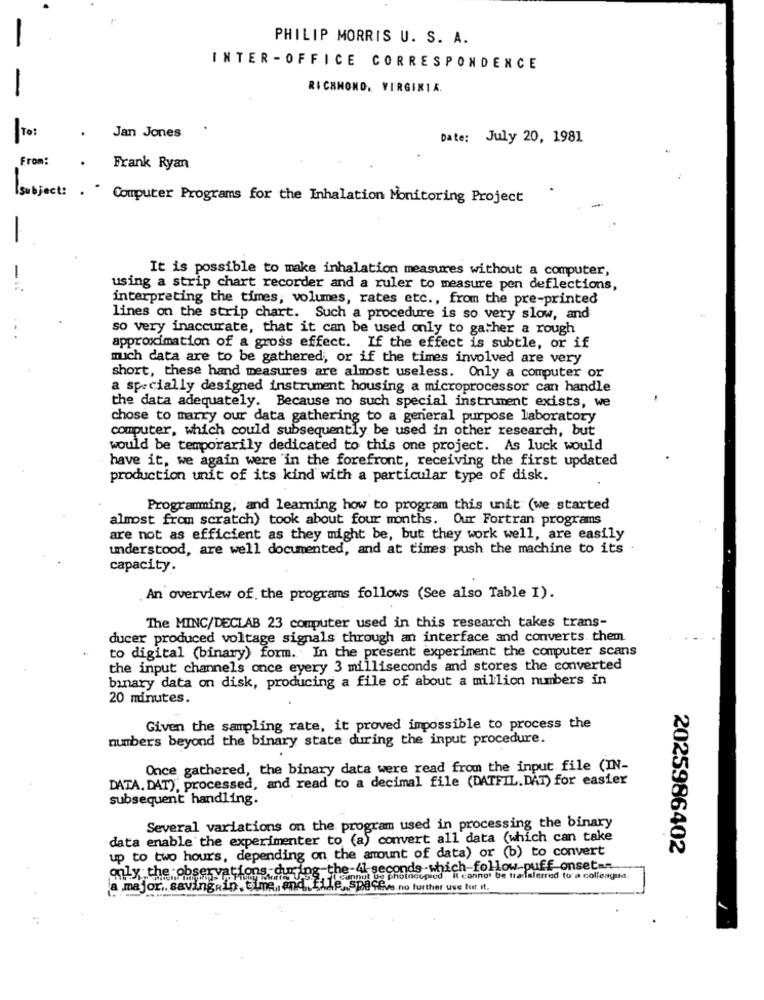
PHILIP MORRIS U. S. A.
INTER -OFFICE CORRESPONDENCE
-
RICHMOND, VIRGINIA.
To:
Jan Jones
Date: July 20, 1981
From:
Frank Ryan
subject: . - Computer Programs for the Inhalation Monitoring Project
It is possible to make inhalation measures without a computer,
using a strip chart recorder and a ruler to measure pen deflections,
interpreting the times, volumes, rates etc ., from the pre-printed
lines on the strip chart. Such a procedure is so very slow, and
so very inaccurate, that it can be used only to gather a rough
approximation of a gross effect. If the effect is subtle, or if
much data are to be gathered, or if the times involved are very
short, these hand measures are almost useless. Only a computer or
a specially designed instrument housing a microprocessor can handle
the data adequately. Because no such special instrument exists, we
chose to marry our data gathering to a general purpose laboratory
computer, which could subsequently be used in other research, but
would be temporarily dedicated to this one project. As luck would
have it, we again were 'in the forefront, receiving the first updated
production unit of its kind with a particular type of disk.
Programming, and learning how to program this unit (we started
almost from scratch) took about four months. Our Fortran programs
are not as efficient as they might be, but they work well, are easily
understood, are well documented, and at times push the machine to its
capacity.
An overview of the programs follows (See also Table I).
The MINC/DECLAB 23 computer used in this research takes trans-
ducer produced voltage signals through an interface and converts them
to digital (binary) form. In the present experiment the computer scans
the input channels once every 3 milliseconds and stores the converted
binary data on disk, producing a file of about a million numbers in
20 minutes.
Given the sampling rate, it proved impossible to process the
numbers beyond the binary state during the input procedure.
Once gathered, the binary data were read from the input file (IN-
DATA. DAT), processed, and read to a decimal file (DATFIL.DAT) for easier
subsequent handling.
Several variations on the program used in processing the binary
data enable the experimenter to (a) convert all data (which can take
up to two hours, depending on the amount of data) or (b) to convert
2025986402
only the observations during the-41 seconds-which-follow-puff onset ==
Ticannot og photocopied. Il cannot be transferred to a collengua.
a major. saving.in. time, and file, spacev.no further use for it.